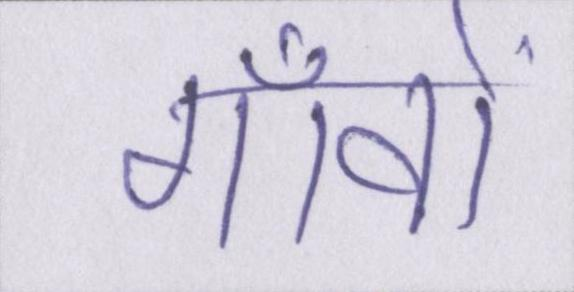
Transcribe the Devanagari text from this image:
गाँवों